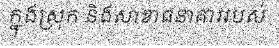
ក្នុងស្រុក និងសាខាធនាគាររបស់